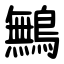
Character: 鷡